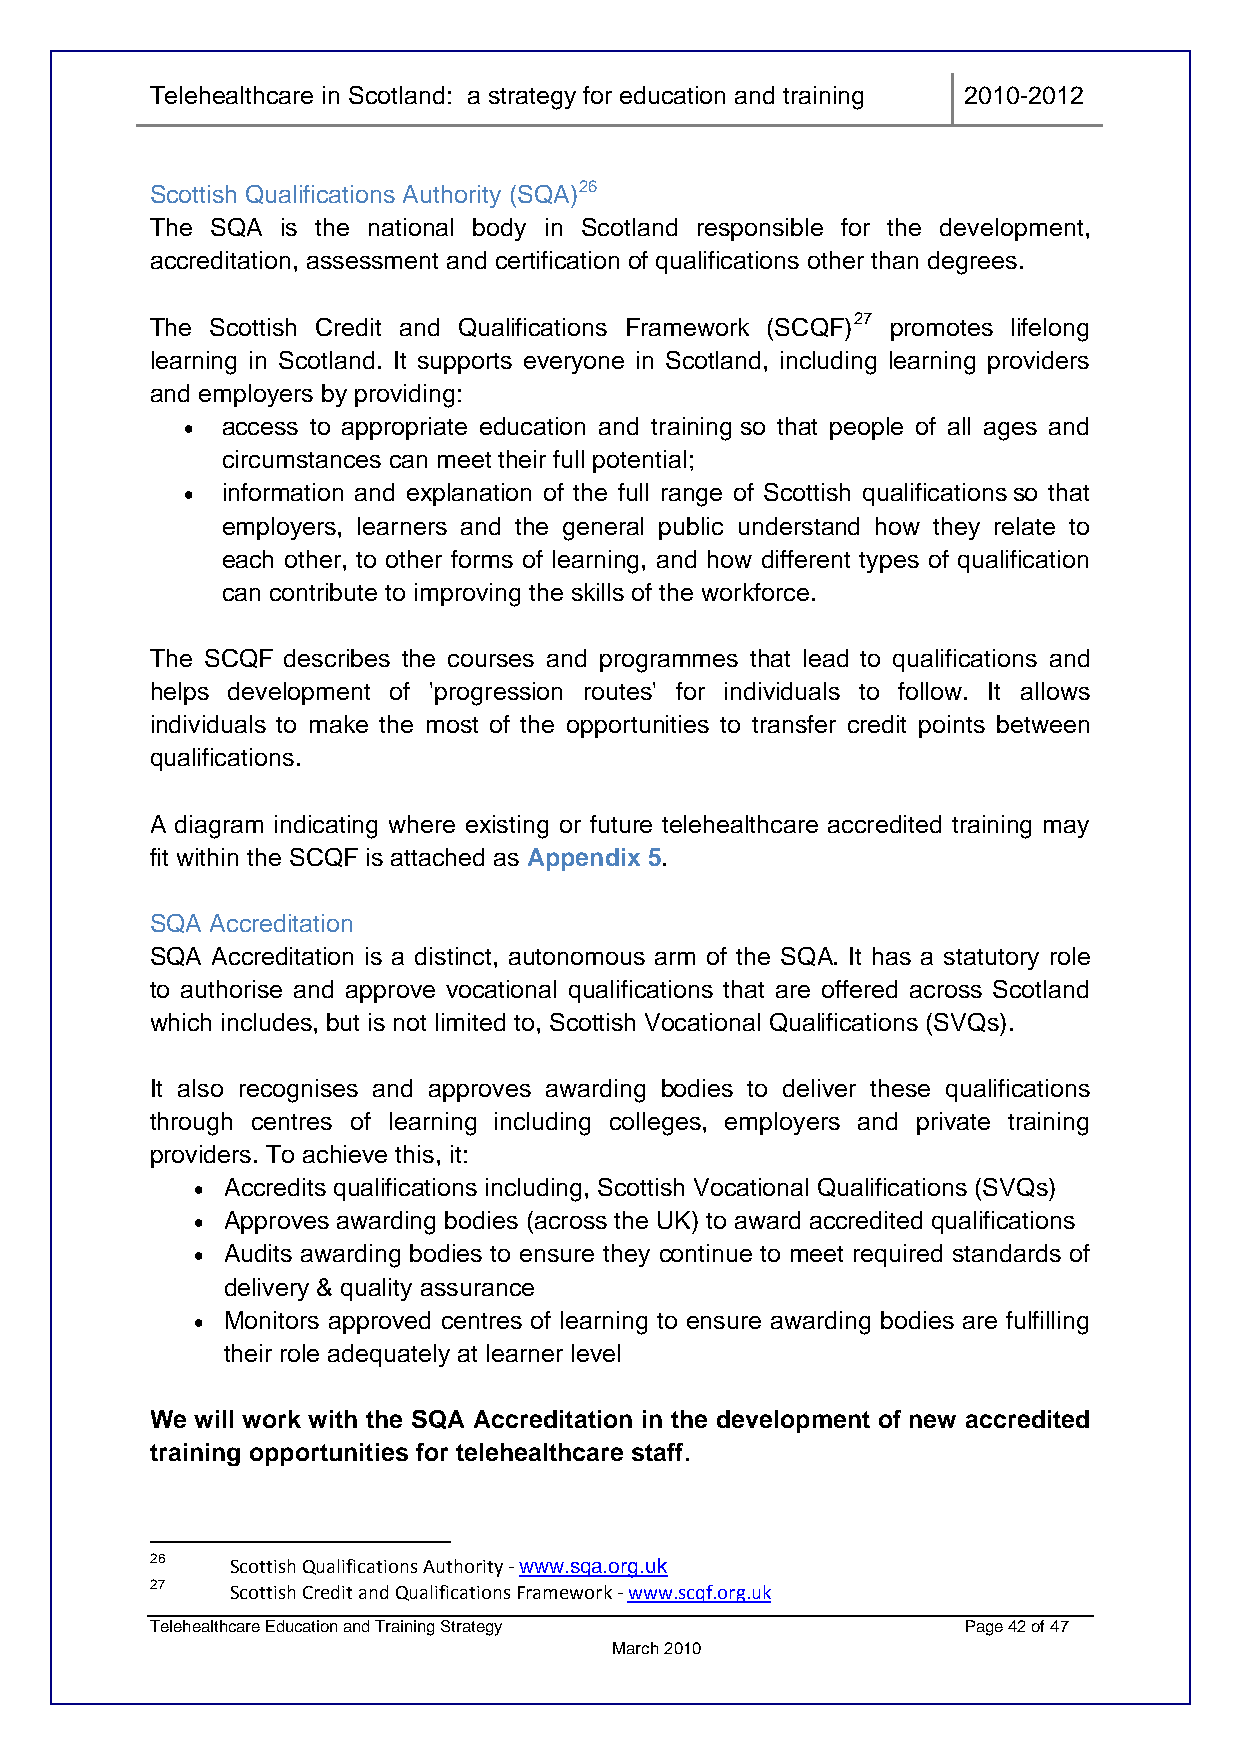
Telehealthcare in Scotland: a strategy for education and training 2010-2012
 Scottish Qualifications Authority (SQA)26
 The SQA  is the national body in Scotland responsible for the development,
 accreditation, assessment and certification of qualifications other than degrees.
 The Scottish Credit and Qualifications Framework (SCQF)27 promotes lifelong
 learning in Scotland. It supports everyone in Scotland, including learning providers
 and employers by providing:
 •  access to appropriate education and training so that people of all ages and
 circumstances can meet their full potential;
 •  information and explanation of the full range of Scottish qualifications so that
 employers, learners and the general public understand how they relate to
 each other, to other forms of learning, and how different types of qualification
 can contribute to improving the skills of the workforce.
 The SCQF describes the courses and programmes that lead to qualifications and
 helps development of 'progression routes' for individuals to follow. It allows
 individuals to make the most of the opportunities to transfer credit points between
 qualifications.
 A diagram indicating where existing or future telehealthcare accredited training may
 fit within the SCQF is attached as Appendix 5.
 SQA Accreditation
 SQA Accreditation is a distinct, autonomous arm of the SQA. It has a statutory role
 to authorise and approve vocational qualifications that are offered across Scotland
 which includes, but is not limited to, Scottish Vocational Qualifications (SVQs).
 It also recognises and approves awarding bodies to deliver these qualifications
 through centres of learning including colleges, employers and private training
 providers. To achieve this, it:
 • Accredits qualifications including, Scottish Vocational Qualifications (SVQs)
 • Approves awarding bodies (across the UK) to award accredited qualifications
 • Audits awarding bodies to ensure they continue to meet required standards of
 delivery & quality assurance
 • Monitors approved centres of learning to ensure awarding bodies are fulfilling
 their role adequately at learner level
 We will work with the SQA Accreditation in the development of new accredited
 training opportunities for telehealthcare staff.
 26   Scottish Qualifications Authority ‐ www.sqa.org.uk
 27   Scottish Credit and Qualifications Framework ‐ www.scqf.org.uk
 Telehealthcare Education and Training Strategy        Page 42 of 47
 March 2010